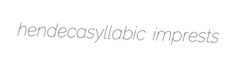
hendecasyllabic imprests